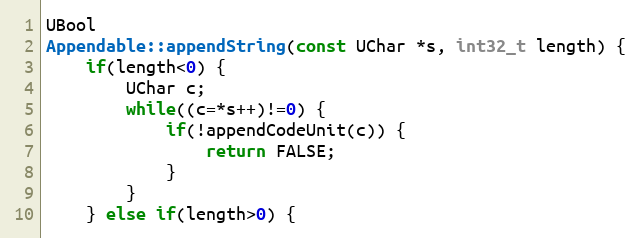
Language: C++
UBool
Appendable::appendString(const UChar *s, int32_t length) {
    if(length<0) {
        UChar c;
        while((c=*s++)!=0) {
            if(!appendCodeUnit(c)) {
                return FALSE;
            }
        }
    } else if(length>0) {